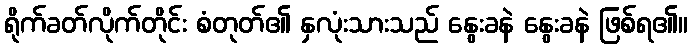
ရိုက်ခတ်လိုက်တိုင်း စံတုတ်၏ နှလုံးသားသည် နွေးခနဲ နွေးခနဲ ဖြစ်ရ၏။